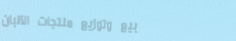
بيع وتوزيع منتجات الألبان